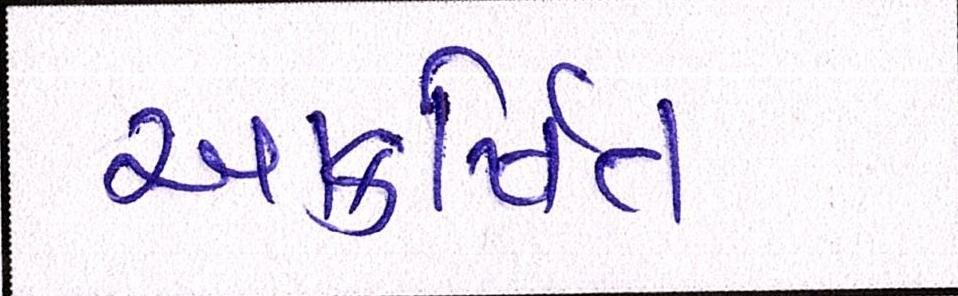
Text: આકર્ષિત